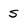
Character: s